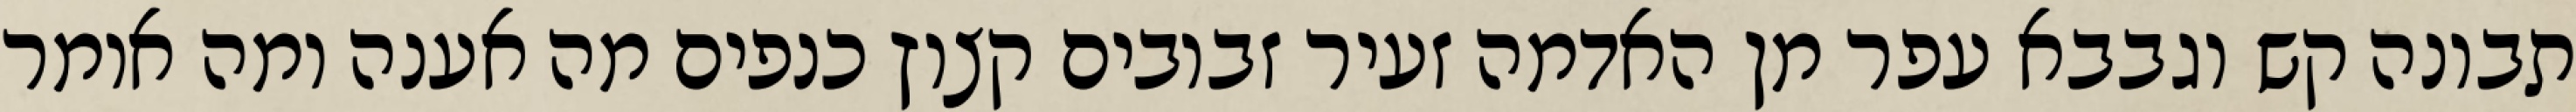
תבונה קש וגבבא עפר מן האדמה זעיר זבובים קצוץ כנפים מה אענה ומה אומר